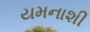
યમનાશી